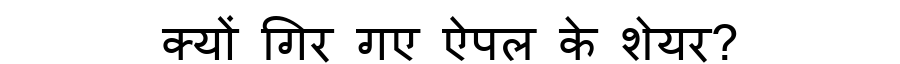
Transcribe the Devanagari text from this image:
क्यों गिर गए ऐपल के शेयर?